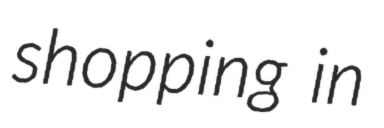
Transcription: shopping in